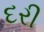
દરી